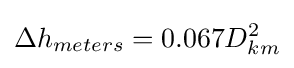
\Delta h_{meters}=0.067D_{km}^{2}